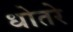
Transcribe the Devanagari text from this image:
धोतरे